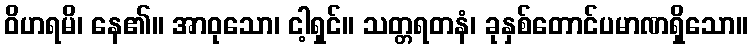
ဝိဟရမိ၊ နေ၏။ အာဝုသော၊ ငါ့ရှင်။ သတ္တရတနံ၊ ခုနှစ်တောင်ပမာဏရှိသော။